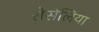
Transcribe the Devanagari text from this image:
रोसेलिया